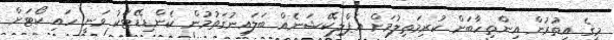
މީގެ އިތުރުން އިންތިހާބަށް ކުރިމަތިލުމަށް އެޕްލިކޭޝަނެއް ބަލައިނުގަތުމުން ކެންޑިޑޭޓަކު ވަނީ ހައި ކޯޓަށް